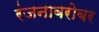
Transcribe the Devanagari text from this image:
रंजनाबरोबर